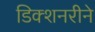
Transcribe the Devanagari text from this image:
डिक्शनरीने